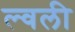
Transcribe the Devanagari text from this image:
ल्वली